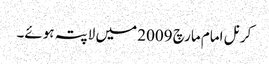
کرنل امام مارچ 2009 میں لاپتہ ہوئے۔